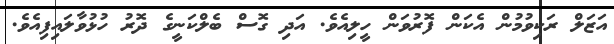
އަޒަލް ރަކިވުމުން އެކަން ފޮރުވަން ހީލިއެވެ. އަދި ގޮސް ބެލްކަނީގެ ދޮރު ހުޅުވާލައިފިއެވެ.